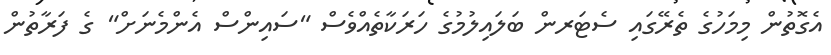
އެގޮތުން މިމަހުގެ ތެރޭގައި ސެޓަރން ބަލައިލުމުގެ ހަރަކާތެއްވެސް "ސައިންސް އެންމެނަށް" ގެ ފަރާތުން